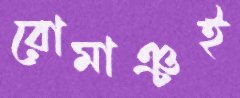
রোমাঞ্চই